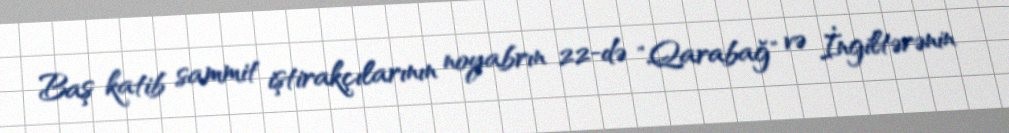
Baş katib sammit iştirakçılarının noyabrın 22-də "Qarabağ" və İngiltərənin